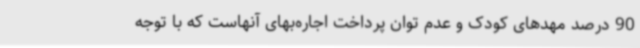
90 درصد مهدهای کودک و عدم توان پرداخت اجاره‌بهای آنهاست که با توجه